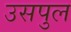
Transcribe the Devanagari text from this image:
उसपुल